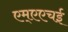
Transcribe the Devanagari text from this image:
एम्एएचई